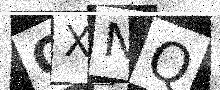
Text: QXNQ